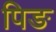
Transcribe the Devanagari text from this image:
पिङ